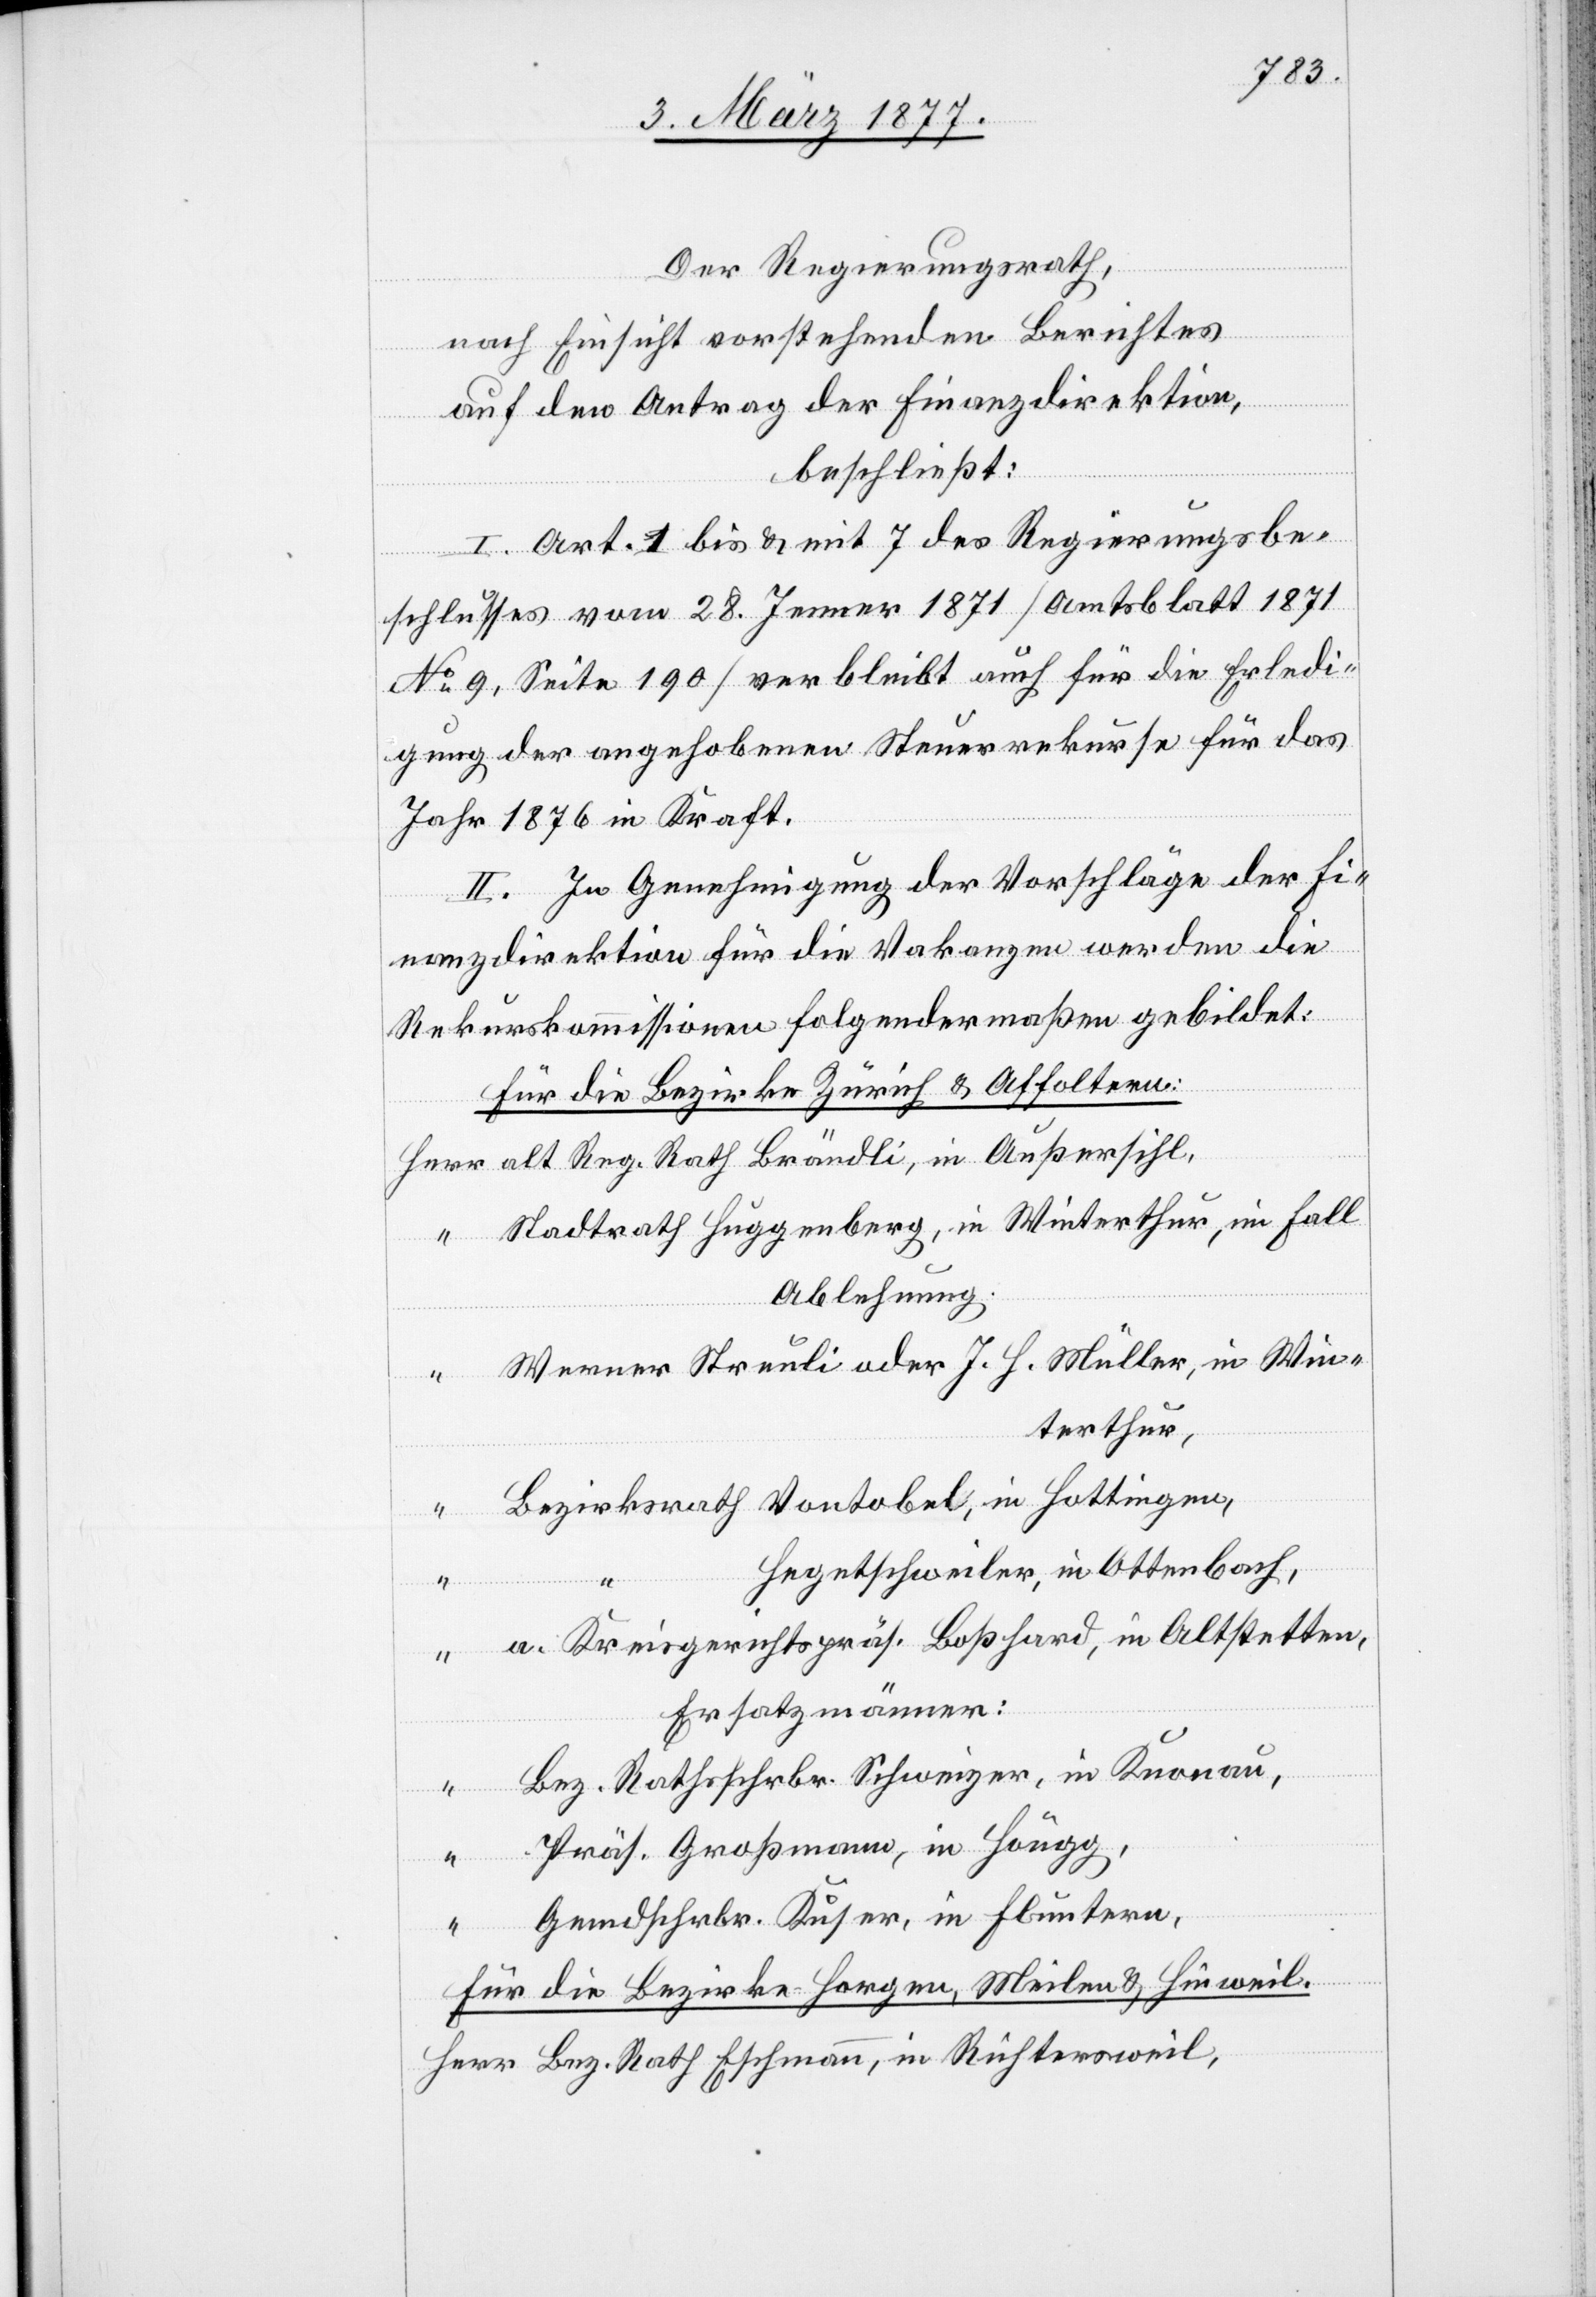
Der Regierungsrath,
nach Einsicht vorstehenden Berichtes,
Herr
auf den Antrag der Finanzdirektion,
beschließt:
I. Art. 1 bis & mit 7 des Regierungsbe¬
schlusses vom 28. Jenner 1871 [Amtsblatt 1871
No 9, Seite 190] verbleibt auch für die Erledi¬
gung der angehobenen Steuerrekurse für das
Jahr 1876 in Kraft.
II. In Genehmigung der Vorschläge der Fi¬
nanzdirektion für die Vakanzen werden die
Rekurskommissionen folgendermaßen gebildet:
Für die Bezirke Zürich & Affoltern:
alt Reg. Rath Brändli, in Außersihl,
Stadtrath Huggenberg, in Winterthur, im Fall
Ablehnung:
Werner Streuli oder J. H. Müller, in Win¬
terthur,
Bezirksrath Vontobel, in Hottingen,
Hegentschweiler, in Ottenbach,
a. Kreisgerichtspräs. Boßhard, in Altstetten,
Ersatzmänner:
Bez. Rathschrbr. Schweizer, in Knonau,
Präs. Großmann, in Höngg,
Gemdschrbr. Kuser, in Fluntern,
Für die Bezirke Horgen, Meilen & Hinweil:
Bez. Rath Eschmann, in Richtersweil,